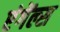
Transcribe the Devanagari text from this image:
एंगेंल्स